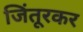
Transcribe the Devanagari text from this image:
जिंतूरकर